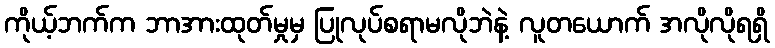
ကိုယ့်ဘက်က ဘာအားထုတ်မှုမှ ပြုလုပ်စရာမလိုဘဲနဲ့ လူတယောက် အလိုလိုရရှိ